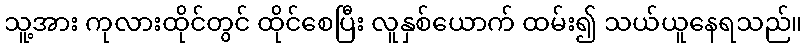
သူ့အား ကုလားထိုင်တွင် ထိုင်စေပြီး လူနှစ်ယောက် ထမ်း၍ သယ်ယူနေရသည်။